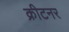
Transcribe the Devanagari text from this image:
क्रीटनर